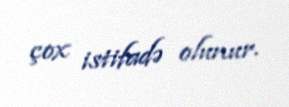
çox istifadə olunur.